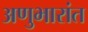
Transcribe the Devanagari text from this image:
अणुभारांत